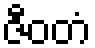
ဇီဝတံ